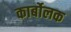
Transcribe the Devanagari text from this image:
कार्बोलक